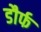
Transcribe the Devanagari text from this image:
डौर्फ